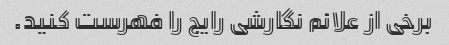
برخی از علائم نگارشی رایج را فهرست کنید.